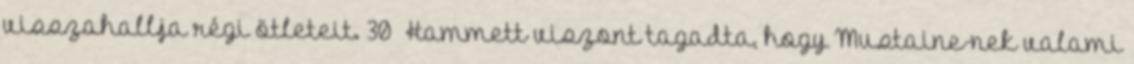
visszahallja régi ötleteit. 30 Hammett viszont tagadta, hogy Mustaine-nek valami